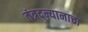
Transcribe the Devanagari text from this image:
तंत्रद्न्यानाचा